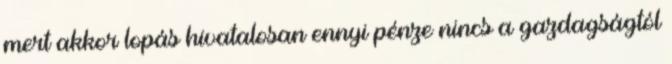
mert akkor lopás hivatalosan ennyi pénze nincs a gazdagságtól